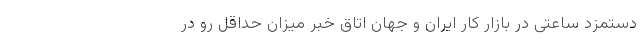
دستمزد ساعتی در بازار کار ایران و جهان اتاق خبر میزان حداقل رو در